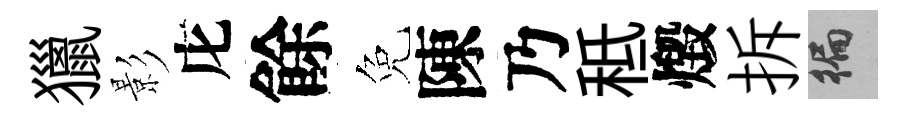
獵影庀餘免陳乃秪燬拆徧